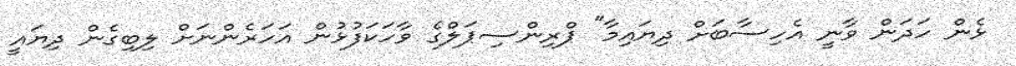
ޅެން ހަދަން ވާނީ އެހިސާބަށް ދިޔައިމާ" ޕްރިންސިޕަލްގެ ވާހަކަފުޅުން އަހަރެންނަށް ލިބިގެން ދިޔައީ